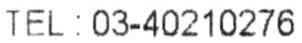
TEL:03-40210276